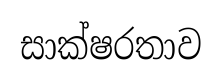
සාක්ෂරතාව